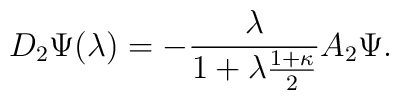
D_{2}\Psi (\lambda)=-\frac {\lambda }{1+\lambda \frac{1+\kappa}{2}}A_{2}\Psi .